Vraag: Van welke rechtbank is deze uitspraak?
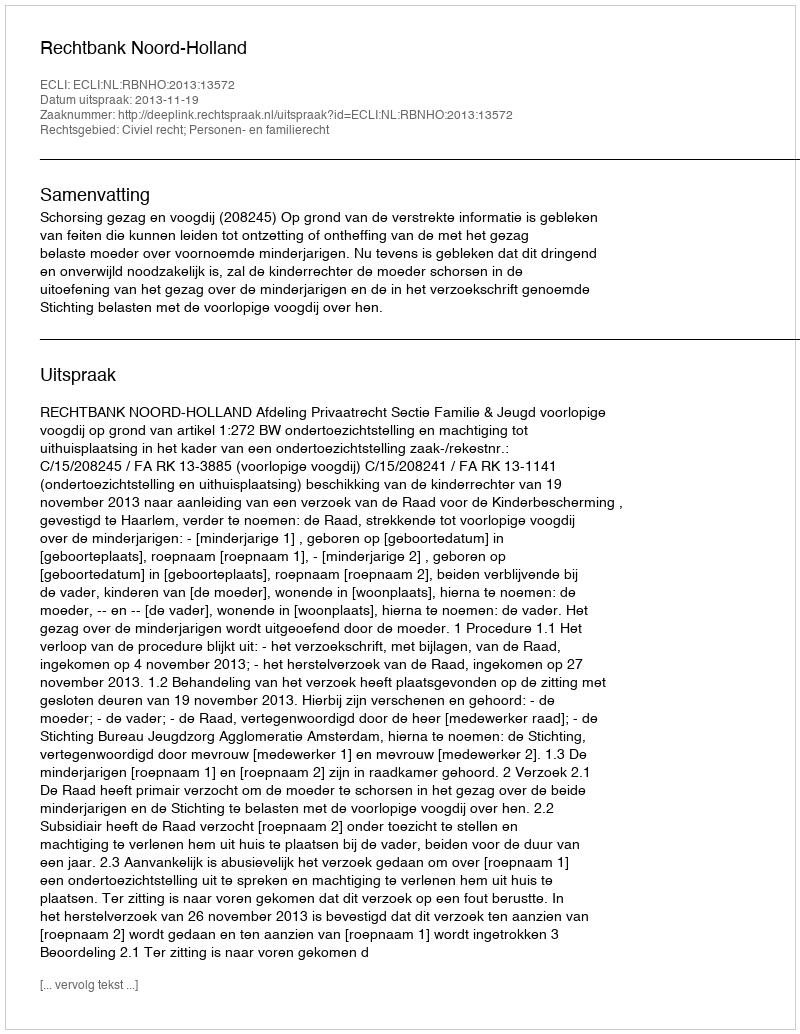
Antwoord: Rechtbank Noord-Holland